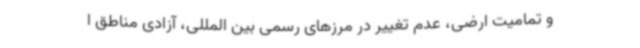
و تمامیت ارضی، عدم تغییر در مرزهای رسمی بین المللی، آزادی مناطق ا